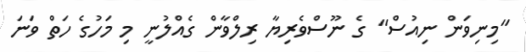
"މިނިވަން ނިއުސް" ގެ ނޫސްވެރިޔާ ރިލްވާން ގެއްލުނީ މި މަހުގެ ހަތް ވަނަ